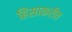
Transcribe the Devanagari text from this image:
हिंसाकरीत